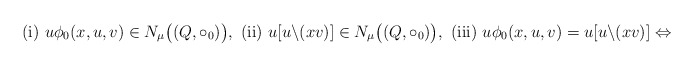
\begin{gather*}\textrm{(i)}~u\phi_0 (x,u,v)\in N_\mu \big((Q,\circ_0 )\big),~\textrm{(ii)}~u[u\backslash (xv)]\in N_\mu \big((Q,\circ_0 )\big),~\textrm{(iii)}~u\phi_0 (x,u,v)=u[u\backslash (xv)]\Leftrightarrow\end{gather*}